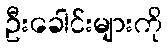
ဦးခေါင်းများကို